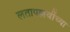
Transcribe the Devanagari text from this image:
लतापल्लवींच्या